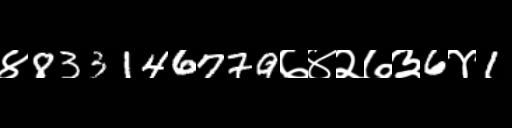
Text: ४833146779७४२७३6४1